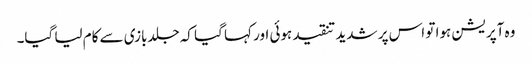
وہ آپریشن ہوا تو اس پر شدید تنقید ہوئی اور کہا گیا کہ جلدبازی سے کام لیا گیا۔